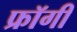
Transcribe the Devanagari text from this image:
फ्रॉगी